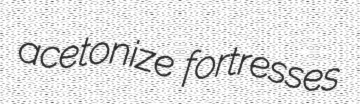
acetonize fortresses